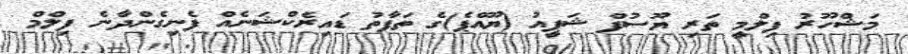
މަޝްހޫރު ފިލްމީ ތަރި ޔޫސުފް ޝަފީއު (ޔޫއްޕެ)ގެ ތަފާތު ޑައިރެކްޝަނެއް ފެނިގެންދާނެ ފިލްމް